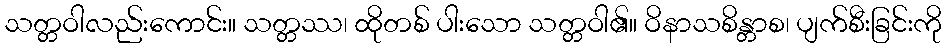
သတ္တဝါလည်းကောင်း။ သတ္တဿ၊ ထိုတစ် ပါးသော သတ္တဝါ၏။ ဝိနာသစိန္တာစ၊ ပျက်စီးခြင်းကို